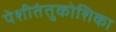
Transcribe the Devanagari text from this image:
पेशीतंतुकोशिका